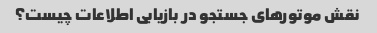
نقش موتورهای جستجو در بازیابی اطلاعات چیست؟